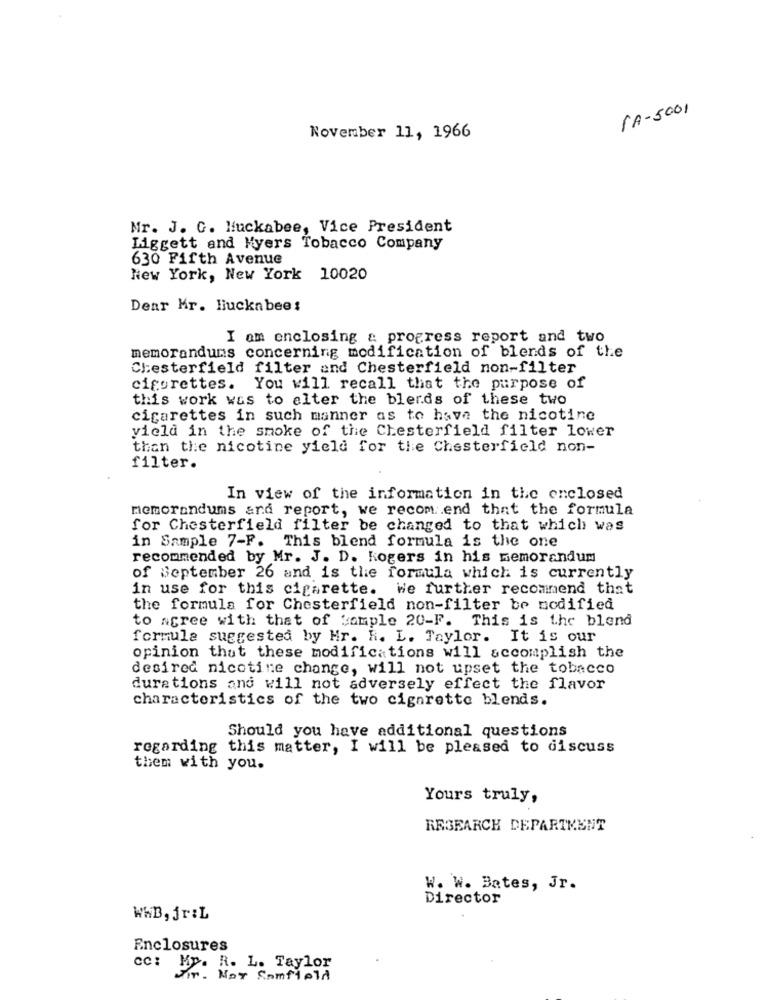
1A-5001
November 11, 1966
Mr. J. C. Huckabee, Vice President
Liggett and Myers Tobacco Company
630 Fifth Avenue
New York, New York 10020
Dear Mr. Huckabee:
I am enclosing & progress report and two
memorandums concerning modification of blends of the
Chesterfield filter and Chesterfield non-filter
cigorettes. You will recall that the purpose of
this work was to elter the blerds of these two
cigarettes in such manner as to have the nicotine
yield in the smoke of the Chesterfield filter lower
than the nicotine yield for the Chesterfield non-
filter.
In view of the information in the enclosed
memorandums and report, we recomend that the formula
for Chesterfield filter be changed to that which was
in Sample 7-F. This blend formula is the one
recommended by Mr. J. D. Kogers in his memorandum
of September 26 and is the formula which is currently
in use for this cigarette. We further recommend that
the formula for Chesterfield non-filter be modified
to agree with that of Sample 20-F. This is the blend
formule suggested by Hr. K. L. Taylor. It is our
opinion that these modifications will accomplish the
desired nicotine change, will not upset the tobacco
durations and will not adversely effect the flavor
characteristics of the two cigarette blends.
Should you have additional questions
regarding this matter, I will be pleased to discuss
them with you.
Yours truly,
RESEARCH DEPARTMENT
W. W. Bates, Jr.
Director
WhB, jr:L
Enclosures
cc: Mp. R. L. Taylor
Not Somfield